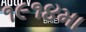
૧૯૧૪મા